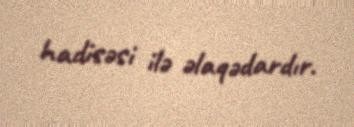
hadisəsi ilə əlaqədardır.